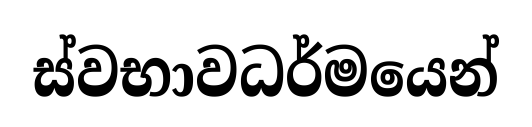
ස්වභාවධර්මයෙන්